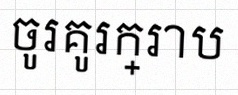
ចូរគូរក្រាប